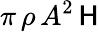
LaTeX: \pi\, \rho\, A^{2}\, \mathsf{H}